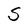
Character: S